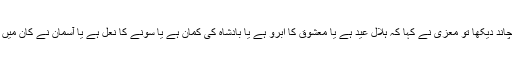
سنجر نے عید کا چاند دیکھا تو معزی نے کہا کہ ہلالِ عید ہے یا معشوق کا ابرو ہے یا بادشاہ کی کمان ہے یا سونے کا نعل ہے یا آسمان نے کان میں زیور پہنا ہوا ہے۔